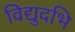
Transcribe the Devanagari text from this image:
विद्युदभि